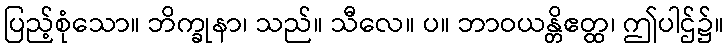
ပြည့်စုံသော။ ဘိက္ခုနာ၊ သည်။ သီလေ။ ပ။ ဘာဝယန္တိဧတ္ထ၊ ဤပါဌ်၌။